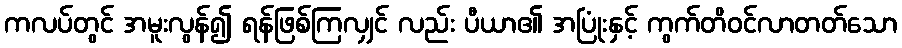
ကလပ်တွင် အမူးလွန်၍ ရန်ဖြစ်ကြလျှင် လည်း ပီယာ၏ အပြုံးနှင့် ကွက်တိဝင်လာတတ်သော